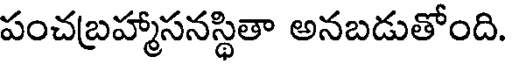
పంచబ్రహ్మాసనస్థితా అనబడుతోంది.